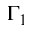
\Gamma _ { 1 }